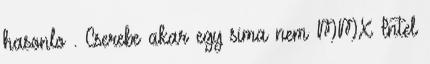
hasonlo . Cserebe akar egy sima nem MMX Intel